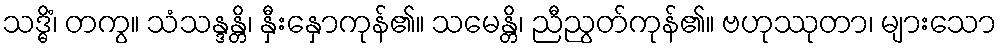
သဒ္ဓိံ၊ တကွ။ သံသန္ဒန္တိ၊ နှီးနှောကုန်၏။ သမေန္တိ၊ ညီညွတ်ကုန်၏။ ဗဟုဿုတာ၊ များသော